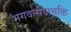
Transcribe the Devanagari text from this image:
भगवत्सेवाभक्ति